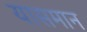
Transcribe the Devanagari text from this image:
यासमान